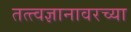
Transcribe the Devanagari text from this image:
तत्त्वज्ञानावरच्या